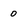
Character: 0